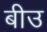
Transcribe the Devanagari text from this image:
बीउ